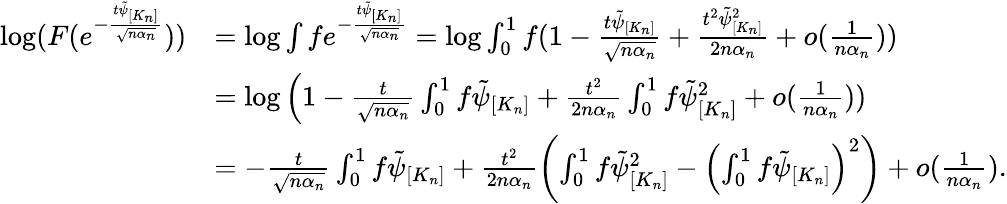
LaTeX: \begin{array}{rl}{\log(F(e^{-\frac{t\tilde{\psi}_{[K_{n}]}}{\sqrt{n\alpha_{n}}}}))}&{=\log\int fe^{-\frac{t\tilde{\psi}_{[K_{n}]}}{\sqrt{n\alpha_{n}}}}=\log\int_{0}^{1}f(1-\frac{t\tilde{\psi}_{[K_{n}]}}{\sqrt{n\alpha_{n}}}+\frac{t^{2}\tilde{\psi}_{[K_{n}]}^{2}}{2n\alpha_{n}}+o(\frac{1}{n\alpha_{n}}))}\\ &{=\log\Big(1-\frac{t}{\sqrt{n\alpha_{n}}}\int_{0}^{1}f\tilde{\psi}_{[K_{n}]}+\frac{t^{2}}{2n\alpha_{n}}\int_{0}^{1}f\tilde{\psi}_{[K_{n}]}^{2}+o(\frac{1}{n\alpha_{n}}))}\\ &{=-\frac{t}{\sqrt{n\alpha_{n}}}\int_{0}^{1}f\tilde{\psi}_{[K_{n}]}+\frac{t^{2}}{2n\alpha_{n}}\left(\int_{0}^{1}f\tilde{\psi}_{[K_{n}]}^{2}-\left(\int_{0}^{1}f\tilde{\psi}_{[K_{n}]}\right)^{2}\right)+o(\frac{1}{n\alpha_{n}}).}\end{array}